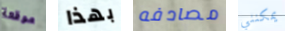
موقعة بهذا مصادفه يمكنني